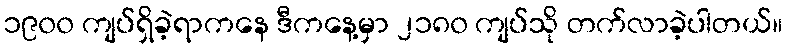
၁၉၀၀ ကျပ်ရှိခဲ့ရာကနေ ဒီကနေ့မှာ ၂၁၈၀ ကျပ်သို တက်လာခဲ့ပါတယ်။